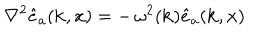
\nabla ^ { 2 } \hat { e } _ { a } ( { \bf k } , { \bf x } ) = - \, \omega ^ { 2 } ( { \bf k } ) \hat { e } _ { a } ( { \bf k } , { \bf x } )